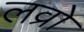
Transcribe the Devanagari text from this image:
लव्रो